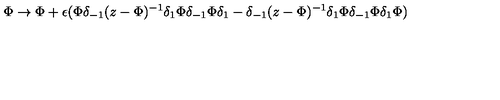
\Phi \rightarrow \Phi + \epsilon ( \Phi \delta _ { - 1 } ( z - \Phi ) ^ { - 1 } \delta _ { 1 } \Phi \delta _ { - 1 } \Phi \delta _ { 1 } - \delta _ { - 1 } ( z - \Phi ) ^ { - 1 } \delta _ { 1 } \Phi \delta _ { - 1 } \Phi \delta _ { 1 } \Phi )